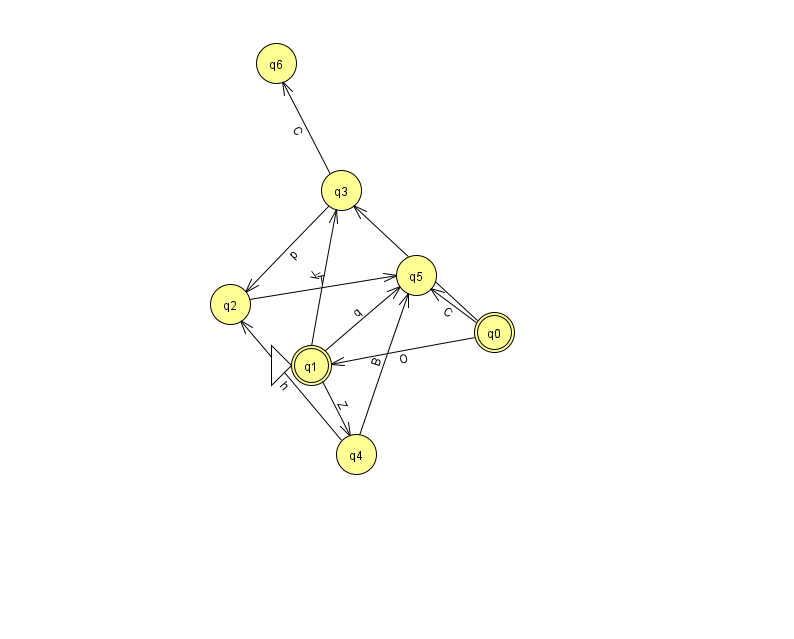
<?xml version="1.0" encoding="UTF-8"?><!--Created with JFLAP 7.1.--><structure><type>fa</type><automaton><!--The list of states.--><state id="0" name="q0"><x>494.0</x><y>319.0</y><final/></state><state id="1" name="q1"><x>311.0</x><y>352.0</y><initial/><final/></state><state id="2" name="q2"><x>230.0</x><y>291.0</y></state><state id="3" name="q3"><x>341.0</x><y>177.0</y></state><state id="4" name="q4"><x>356.0</x><y>441.0</y></state><state id="5" name="q5"><x>416.0</x><y>262.0</y></state><state id="6" name="q6"><x>276.0</x><y>50.0</y></state><!--The list of transitions.--><transition><from>3</from><to>2</to><read>p</read></transition><transition><from>1</from><to>3</to><read>K</read></transition><transition><from>3</from><to>6</to><read>C</read></transition><transition><from>1</from><to>5</to><read>q</read></transition><transition><from>0</from><to>1</to><read>O</read></transition><transition><from>0</from><to>3</to><read>U</read></transition><transition><from>4</from><to>5</to><read>B</read></transition><transition><from>4</from><to>2</to><read>h</read></transition><transition><from>0</from><to>5</to><read>C</read></transition><transition><from>2</from><to>5</to><read>T</read></transition><transition><from>1</from><to>4</to><read>Z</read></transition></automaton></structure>